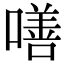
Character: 𠾺